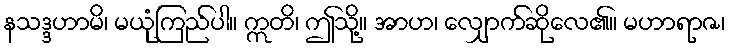
နသဒ္ဒဟာမိ၊ မယုံကြည်ပါ။ ဣတိ၊ ဤသို့။ အာဟ၊ လျှောက်ဆိုလေ၏။ မဟာရာဇ၊